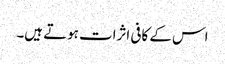
اس کے کافی اثرات ہوتے ہیں۔